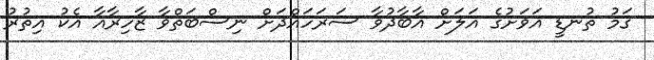
ގަމު ތުނޑީ އަވަށުގެ އަލަށް އާބާދުވާ ސަރަހައްދަށް ނިސްބަތްވާ ޒާހިރާއާ އެކު އިތުރު